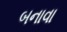
બનાવા